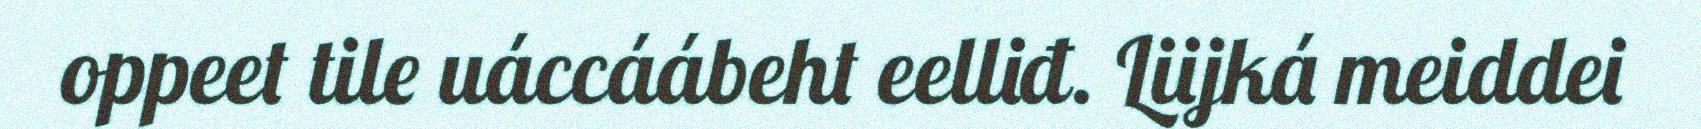
oppeet tile uáccáábeht eelliđ. Liijká meiddei